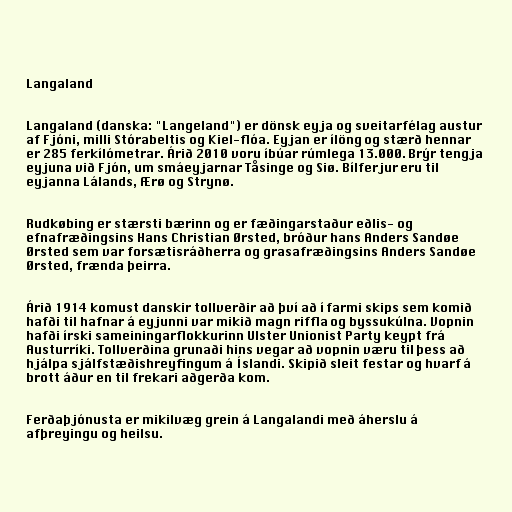
Langaland

Langaland (danska: "Langeland") er dönsk eyja og sveitarfélag austur
af Fjóni, milli Stórabeltis og Kiel-flóa. Eyjan er ílöng og stærð hennar
er 285 ferkílómetrar. Árið 2010 voru íbúar rúmlega 13.000. Brýr tengja
eyjuna við Fjón, um smáeyjarnar Tåsinge og Siø. Bílferjur eru til
eyjanna Lálands, Ærø og Strynø.

Rudkøbing er stærsti bærinn og er fæðingarstaður eðlis- og
efnafræðingsins Hans Christian Ørsted, bróður hans Anders Sandøe
Ørsted sem var forsætisráðherra og grasafræðingsins Anders Sandøe
Ørsted, frænda þeirra.

Árið 1914 komust danskir tollverðir að því að í farmi skips sem komið
hafði til hafnar á eyjunni var mikið magn riffla og byssukúlna. Vopnin
hafði írski sameiningarflokkurinn Ulster Unionist Party keypt frá
Austurríki. Tollverðina grunaði hins vegar að vopnin væru til þess að
hjálpa sjálfstæðishreyfingum á Íslandi. Skipið sleit festar og hvarf á
brott áður en til frekari aðgerða kom.

Ferðaþjónusta er mikilvæg grein á Langalandi með áherslu á
afþreyingu og heilsu.